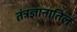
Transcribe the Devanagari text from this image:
तंत्रज्ञानातिल